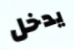
يدخل